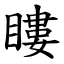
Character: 瞜